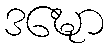
ဒဍ္ဎော